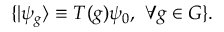
\{ | \psi _ { g } \rangle \equiv T ( g ) \psi _ { 0 } , \ \forall g \in { \cal G } \} .